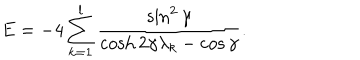
LaTeX: E = - 4 \sum _ { k = 1 } ^ { l } \frac { \sin ^ { 2 } \gamma } { \cosh 2 \gamma \lambda _ { k } - \cos \gamma } .